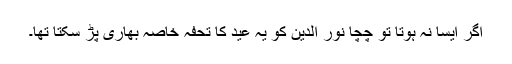
اگر ایسا نہ ہوتا تو چچا نور الدین کو یہ عید کا تحفہ خاصہ بھاری پڑ سکتا تھا۔